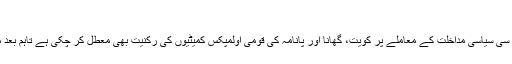
‘
گزشتہ چند برسوں میں آئی او سی سیاسی مداخلت کے معاملے پر کویت، گھانا اور پانامہ کی قومی اولمپکس کمیٹیوں کی رکنیت بھی معطل کر چکی ہے تاہم بعد میں انہیں بحال کر دیا گیا تھا۔